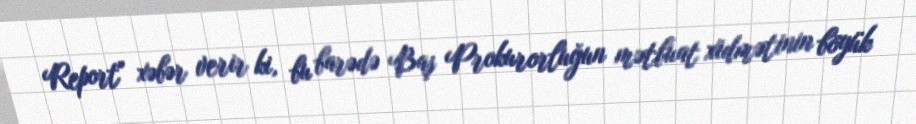
Report" xəbər verir ki, bu barədə Baş Prokurorluğun mətbuat xidmətinin böyük